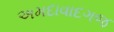
અમદાવાદગજ